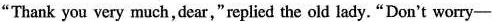
"Thank you very much, dear,"replied the old lady."Don't worry-